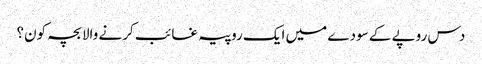
دس روپے کے سودے میں ایک روپیہ غائب کرنے والا بچہ کون؟